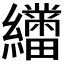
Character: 𬘑